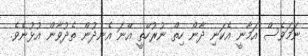
ނަމަވެސް އަމާނީ އެކަނި ދާން ހިތް ނުރުހޭތީ އޭނަ އެނދުން ތެދުވާން އުޅުނެވެ.